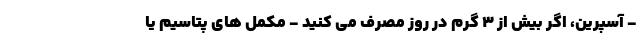
- آسپرین، اگر بیش از 3 گرم در روز مصرف می کنید - مکمل های پتاسیم یا